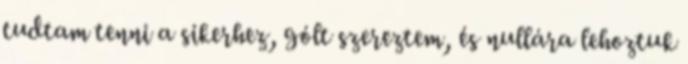
tudtam tenni a sikerhez, gólt szereztem, és nullára lehoztuk